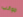
جوانب